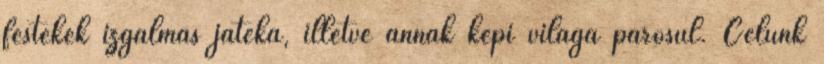
festékek izgalmas játéka, illetve annak képi világa párosul. Célunk